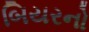
બિયરનો